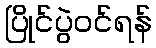
ပြိုင်ပွဲဝင်ရန်